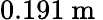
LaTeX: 0.191\mathrm{~m~}